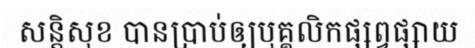
សន្តិសុខ បានប្រាប់ឲ្យបុគ្គលិកផ្សព្វផ្សាយ